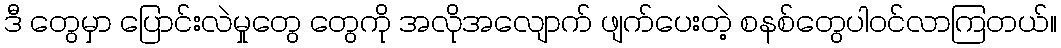
ဒီ တွေမှာ ပြောင်းလဲမှုတွေ တွေကို အလိုအလျောက် ဖျက်ပေးတဲ့ စနစ်တွေပါဝင်လာကြတယ်။